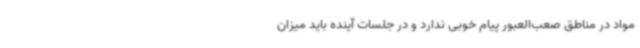
مواد در مناطق صعب‌العبور پیام خوبی ندارد و در جلسات آینده باید میزان